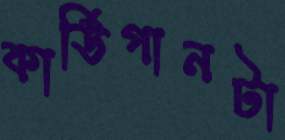
কার্ডিগানটা